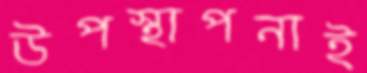
উপস্থাপনাই